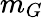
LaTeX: m_{G}